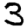
Digit: 3